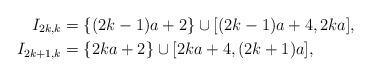
LaTeX: \begin{align*}I_{2k,k} & = \{(2k-1)a + 2 \} \cup [(2k-1)a+4, 2ka],\\I_{2k+1,k} & = \{2ka + 2 \} \cup [2ka+4, (2k+1)a],\end{align*}